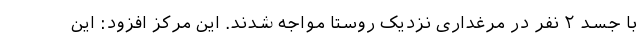
با جسد ۲ نفر در مرغداری نزدیک روستا مواجه شدند. این مرکز افزود: این